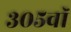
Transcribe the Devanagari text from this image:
३०५वॉ